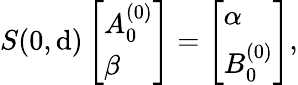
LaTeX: S(0,\mathrm{d})\left[\begin{array}{l}{A_{0}^{(0)}}\\ {\beta}\end{array}\right]=\left[\begin{array}{l}{\alpha}\\ {B_{0}^{(0)}}\end{array}\right],